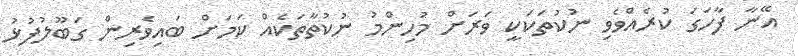
އޭނާ ފާހަގަ ކުރެއްވެވި ނުކުތަކަކީ ވަރަށް މުހިންމު ނުކުތާތަކެއް ކަމަށް ބައިވެރިން ގަބޫލުފުޅު